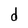
Character: d